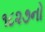
૧૮૨૭નો